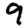
Digit: 9